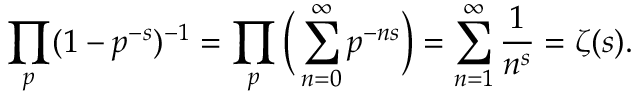
\prod _ { p } ( 1 - p ^ { - s } ) ^ { - 1 } = \prod _ { p } { \Big ( } \sum _ { n = 0 } ^ { \infty } p ^ { - n s } { \Big ) } = \sum _ { n = 1 } ^ { \infty } { \frac { 1 } { n ^ { s } } } = \zeta ( s ) .